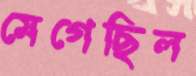
মেগেছিল